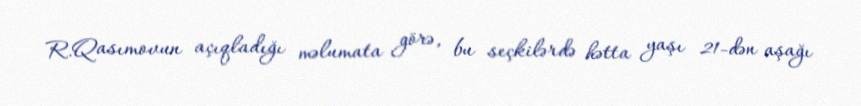
R.Qasımovun açıqladığı məlumata görə, bu seçkilərdə hətta yaşı 21-dən aşağı